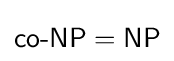
{\textsf {co-NP}}={\textsf {NP}}